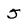
Character: 5